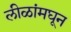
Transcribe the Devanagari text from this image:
लीळांमघून